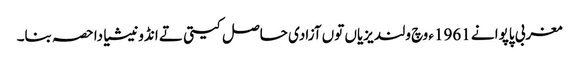
مغربی پاپوا نے 1961ء وچ ولندیزیاں توں آزادی حاصل کیتی تے انڈونیشیا دا حصہ بنا۔